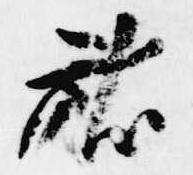
献